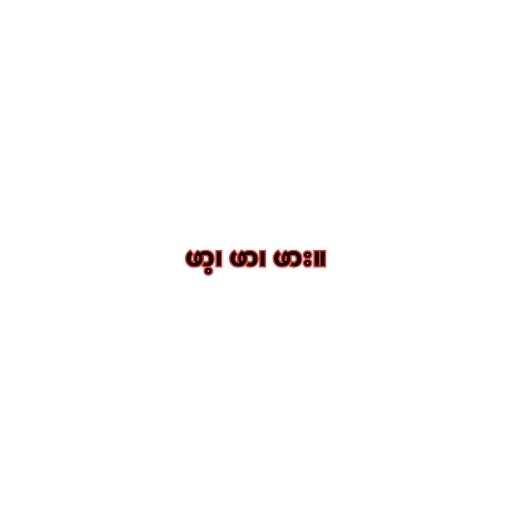
ဖာ့၊ ဖာ၊ ဖား။